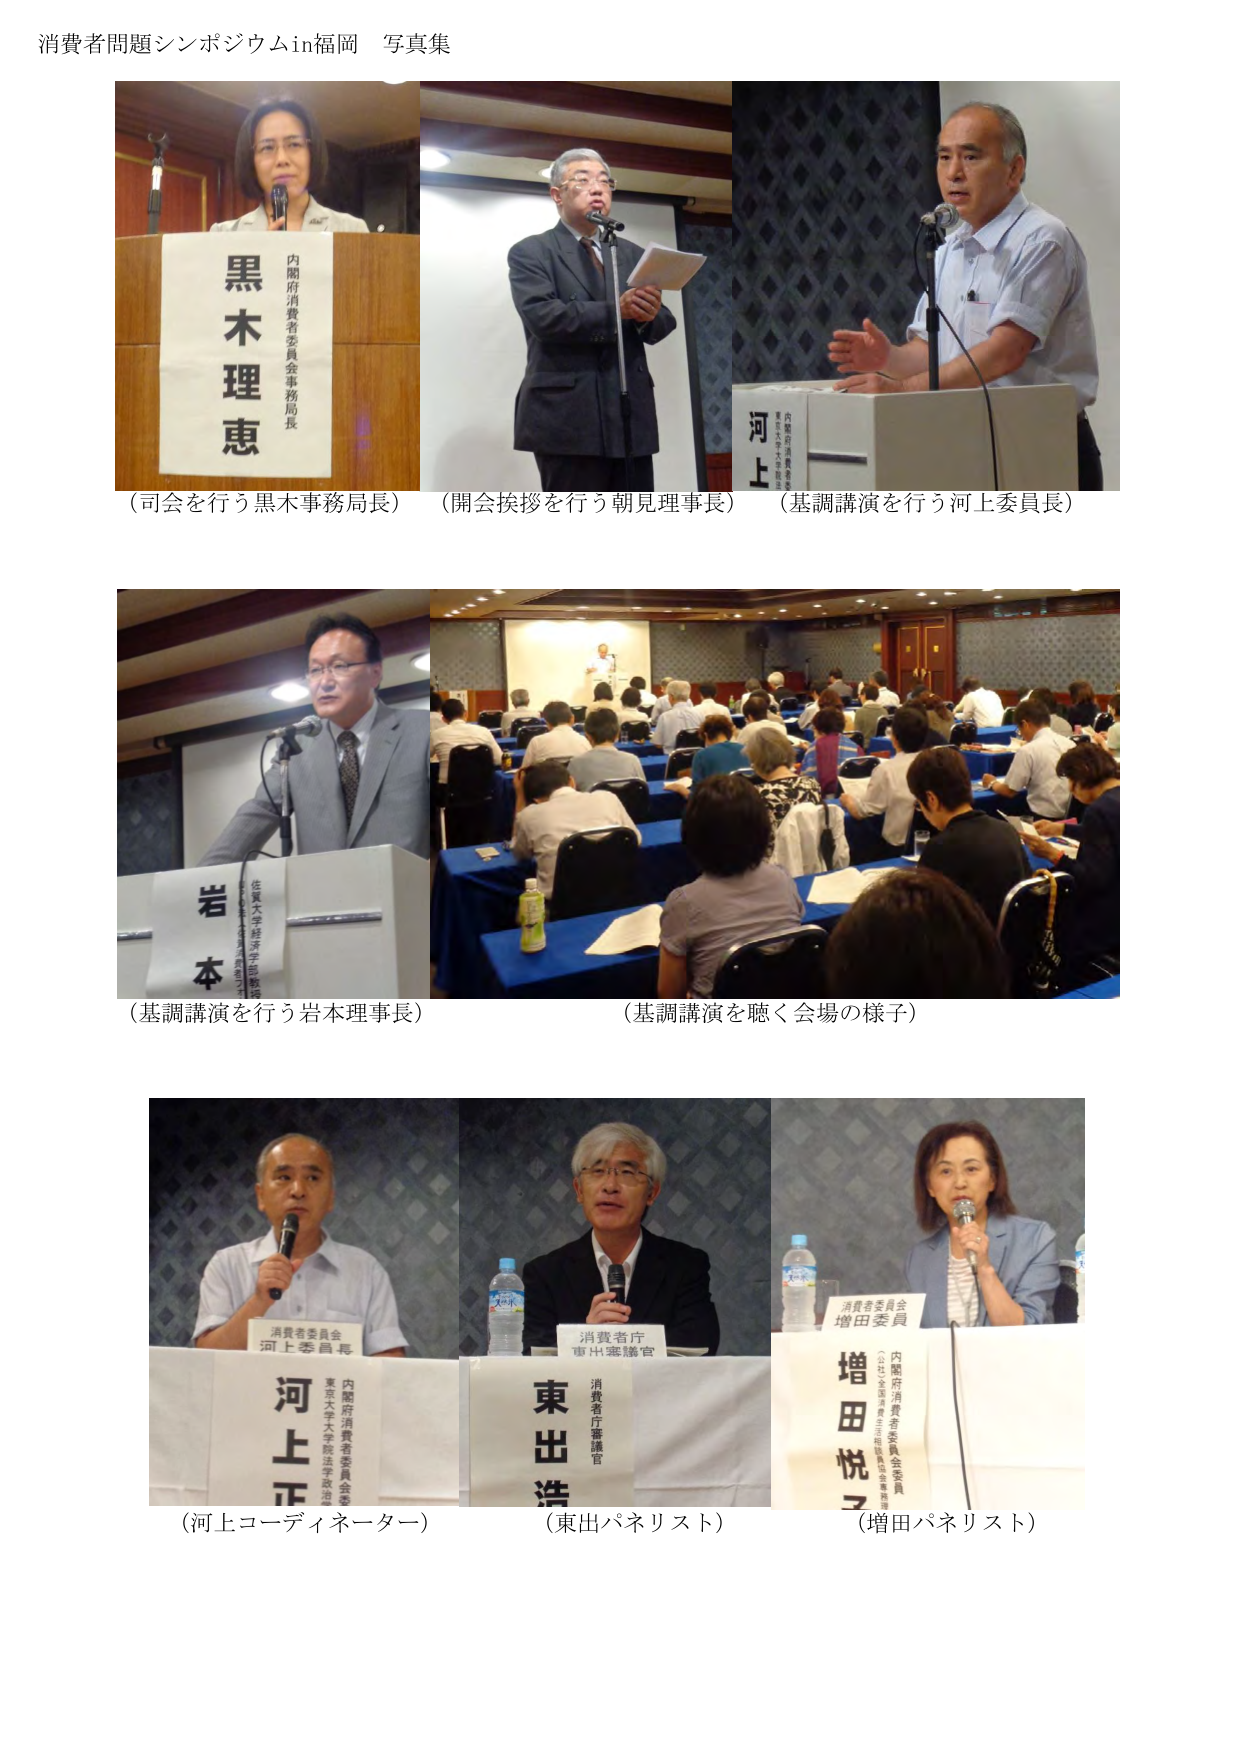
消費者問題シンポジウムin福岡 写真集

黒木理恵
内閣府消費者委員会事務局長

（司会を行う黒木事務局長）

（開会挨拶を行う朝見理事長）

（基調講演を行う河上委員長）

岩本
佐賀大学経済学部教授

（基調講演を行う岩本理事長）

（基調講演を聴く会場の様子）

消費者委員会
河上委員長
内閣府消費者委員会委員
東京大学大学院法学政治学研究科教授

河上正

（河上コーディネーター）

消費者庁
東出審議官

東出浩

（東出パネリスト）

消費者委員会
増田委員
内閣府消費者委員会委員
（公社）全国消費者生活協同組合連合会理事

増田悦子

（増田パネリスト）